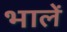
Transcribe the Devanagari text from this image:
भालें